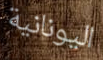
اليونانية